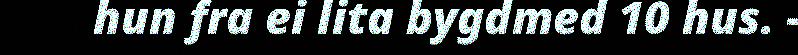
hun fra ei lita bygdmed 10 hus. -